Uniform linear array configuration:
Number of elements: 64
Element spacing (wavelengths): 0.25
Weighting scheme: exponential
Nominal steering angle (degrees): -30
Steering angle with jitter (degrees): -30.337
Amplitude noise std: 0.05
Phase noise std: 0.05

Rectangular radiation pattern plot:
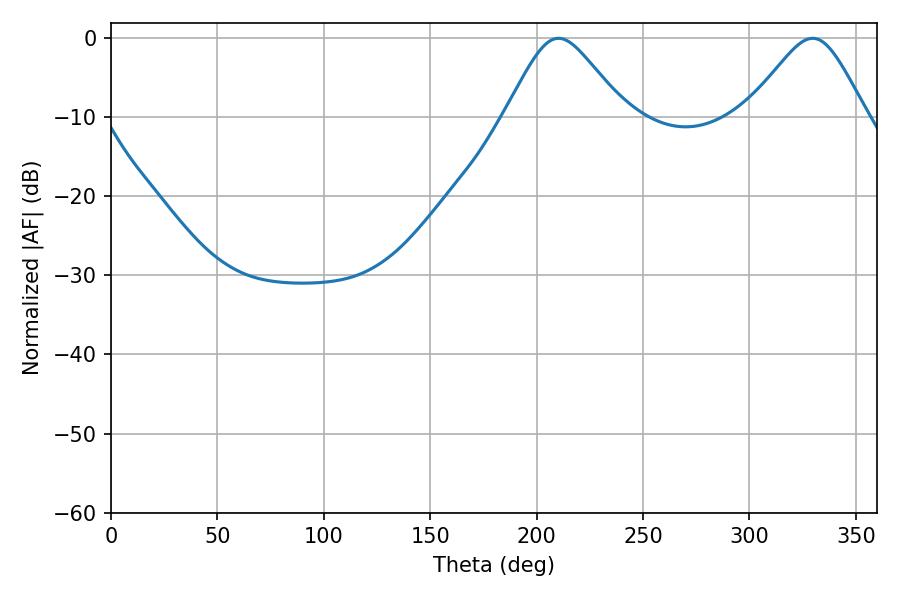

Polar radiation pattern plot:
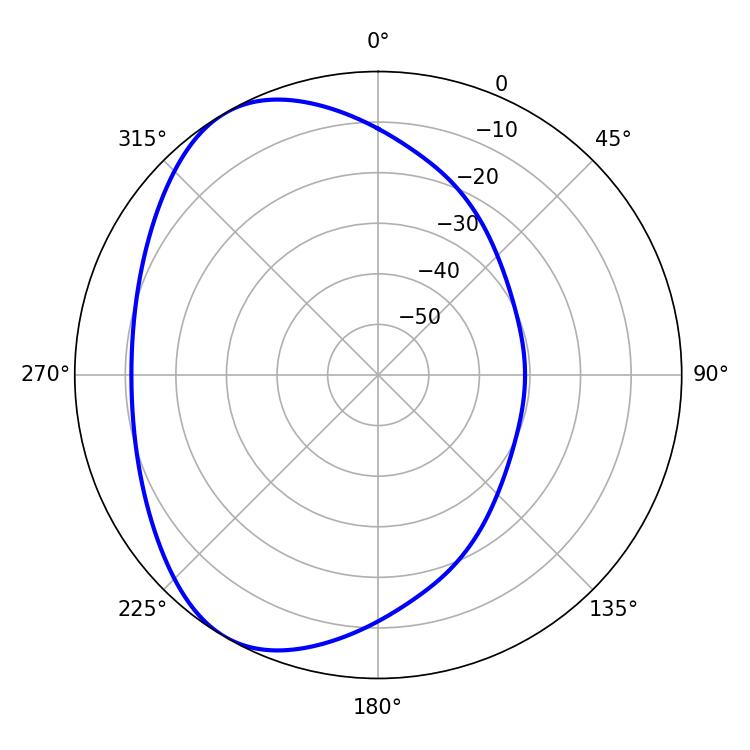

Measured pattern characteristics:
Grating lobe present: FALSE
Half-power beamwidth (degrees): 27.18
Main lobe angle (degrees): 329.76